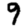
Digit: 9